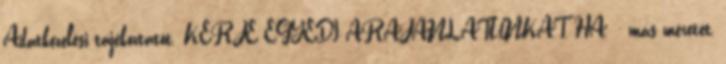
Adatkezelési tájékoztatót. KÉRJE EGYEDI ÁRAJÁNLATUNKAT, HA. - más méretet,